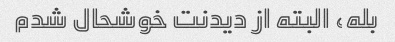
بله، البته از دیدنت خوشحال شدم